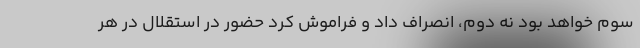
سوم خواهد بود نه دوم، انصراف داد و فراموش کرد حضور در استقلال در هر